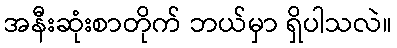
အနီးဆုံးစာတိုက် ဘယ်မှာ ရှိပါသလဲ။